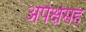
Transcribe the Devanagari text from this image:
अपेक्षेसह